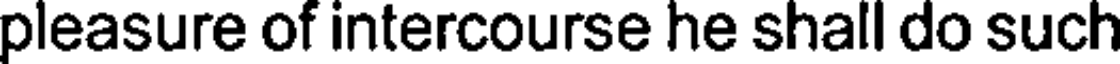
pleasure of intercourse he shall do such